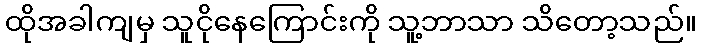
ထိုအခါကျမှ သူငိုနေကြောင်းကို သူ့ဘာသာ သိတော့သည်။